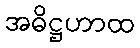
အဓိဋ္ဌဟာထ